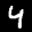
Label: 4